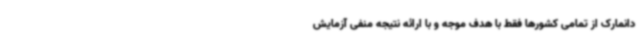
دانمارک از تمامی کشورها فقط با هدف موجه و با ارائه نتیجه منفی آزمایش